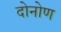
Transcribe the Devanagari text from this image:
दोनोण